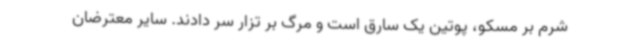
شرم بر مسکو، پوتین یک سارق است و مرگ بر تزار سر دادند. سایر معترضان